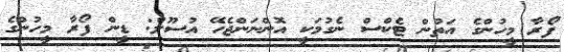
ފޯރާ މީހުންގެ އަތުން ޓެކްސް ނެގުމަކީ އޮންނަންޖެހޭ އުސޫލް: ޑީން ފޯރާ މީހުންގެ